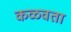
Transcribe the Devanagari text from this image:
कळवता